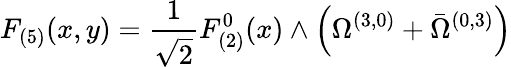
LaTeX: F_{(5)}(x,y)=\frac 1{\sqrt{2}}F_{(2)}^{0}(x)\wedge\left(\Omega^{(3,0)}+\bar{\Omega}^{(0,3)}\right)